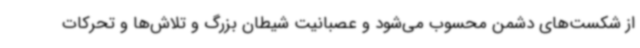
از شکست‌های دشمن محسوب می‌شود و عصبانیت شیطان بزرگ و تلاش‌ها و تحرکات